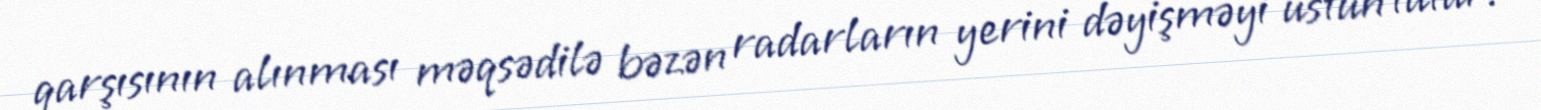
qarşısının alınması məqsədilə bəzən radarların yerini dəyişməyi üstün tutur.